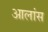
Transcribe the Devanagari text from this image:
आलांस